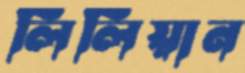
লিলিয়ান